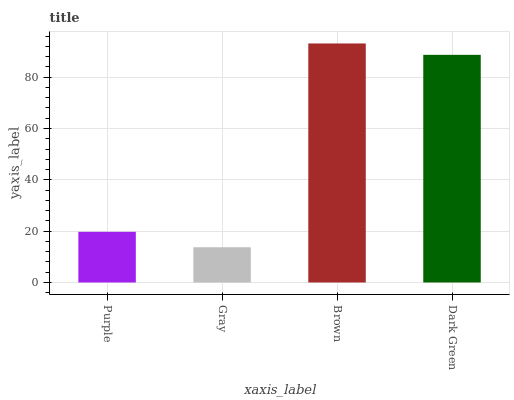
| xaxis_label | bars |
 | --- | --- |
 | Purple | 19.7 |
 | Gray | 13.7 |
 | Brown | 93.1 |
 | Dark Green | 88.7 |